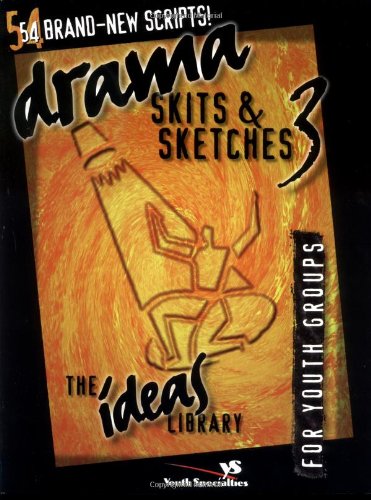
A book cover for Drama, Skits, & Sketches 3; Youth Specialties; Literature & Fiction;